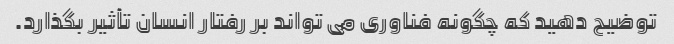
توضیح دهید که چگونه فناوری می تواند بر رفتار انسان تأثیر بگذارد.